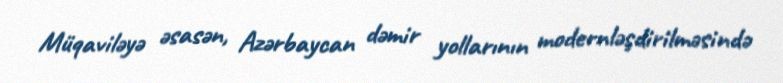
Müqaviləyə əsasən, Azərbaycan dəmir yollarının modernləşdirilməsində